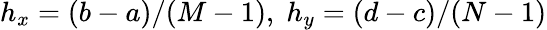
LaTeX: h_{x}=(b-a)/(M-1),\; h_{y}=(d-c)/(N-1)